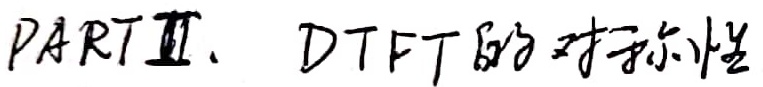
PARTⅡ. DTFT的对称性